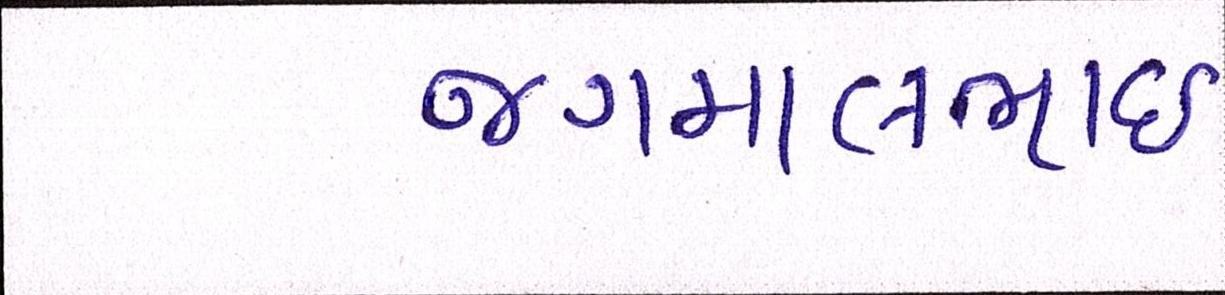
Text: જગમાલભાઇ